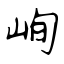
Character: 峋